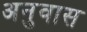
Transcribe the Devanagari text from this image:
अनुवास